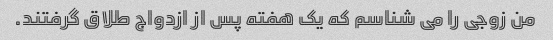
من زوجی را می شناسم که یک هفته پس از ازدواج طلاق گرفتند.